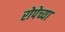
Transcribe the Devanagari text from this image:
रोपेच्या